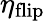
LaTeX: \eta_{\mathrm{flip}}